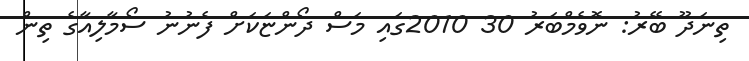
ތިނަދޫ ބޭރު: ނޮވެމްބަރު 30 2010ގައި މަސް ދޯންޏަކަށް ފެނުނު ސޯމާލިއާގެ ތިން